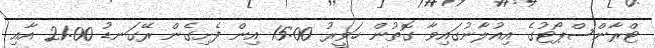
ޓްރާންސްޕޯޓުގެ އިއުލާނުގައިވާ ގޮތުން ހަވީރު 15:00 އިން ފެށިގެން ރޭގަނޑު 21:00 އާއި